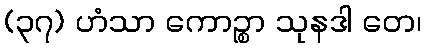
(၃၇) ဟံသာ ကောဉ္စာ သုနဒါ တေ၊